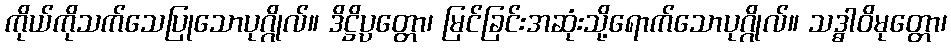
ကိုယ်ကိုသက်သေပြုသောပုဂ္ဂိုလ်။ ဒိဋ္ဌိပ္ပတ္တော၊ မြင်ခြင်းအဆုံးသို့ရောက်သောပုဂ္ဂိုလ်။ သဒ္ဓါဝိမုတ္တော၊